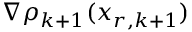
\nabla \rho _ { k + 1 } ( x _ { r , k + 1 } )